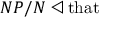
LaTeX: N P / N \triangleleft { \mathrm { t h a t } }